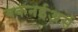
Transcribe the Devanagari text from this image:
बकनईअर्स